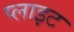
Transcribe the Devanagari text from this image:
प्लाइट